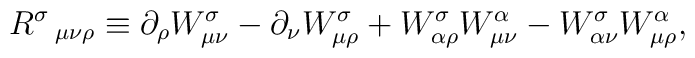
R^{\sigma }\,_{\mu \nu \rho }\equiv \partial _{\rho }W_{\mu \nu }^{\sigma}-\partial _{\nu }W_{\mu \rho }^{\sigma }+W_{\alpha \rho }^{\sigma }W_{\mu\nu }^{\alpha }-W_{\alpha \nu }^{\sigma }W_{\mu \rho }^{\alpha },